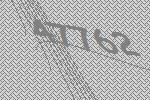
47762